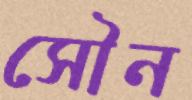
সৌন